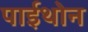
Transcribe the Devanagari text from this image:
पाईथोन